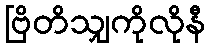
ဗြိတိသျှကိုလိုနီ